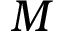
M